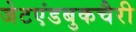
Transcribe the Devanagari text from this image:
जेटएंडबुकचैरी